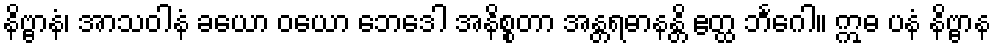
နိဗ္ဗာနံ၊ အာသဝါနံ ခယော ဝယော ဘေဒေါ အနိစ္စတာ အန္တရဓာနန္တိ ဧတ္ထ ဘင်္ဂေါ။ ဣဓ ပနံ နိဗ္ဗာန